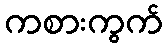
ကစားကွက်